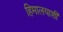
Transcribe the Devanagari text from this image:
हिमालयाशी